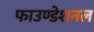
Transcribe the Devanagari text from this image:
फाउण्डेशनल